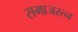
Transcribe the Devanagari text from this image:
समाजरत्न